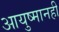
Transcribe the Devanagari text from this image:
आयुष्मानही